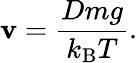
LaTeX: \mathbf{v}={\frac{{Dmg}}{{k_{\mathrm{{{B}}}}T}}}.